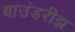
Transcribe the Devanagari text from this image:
बाउंडरीझ